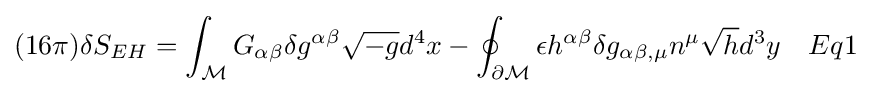
(16\pi )\delta S_{EH}=\int _{\mathcal {M}}G_{\alpha \beta }\delta g^{\alpha \beta }{\sqrt {-g}}d^{4}x-\oint _{\partial {\mathcal {M}}}\epsilon h^{\alpha \beta }\delta g_{\alpha \beta ,\mu }n^{\mu }{\sqrt {h}}d^{3}y\quad Eq1